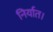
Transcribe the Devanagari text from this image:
निर्यात।